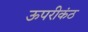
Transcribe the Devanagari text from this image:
ऊपरीकंठ